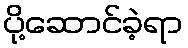
ပို့ဆောင်ခဲ့ရာ